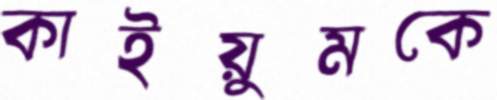
কাইয়ুমকে